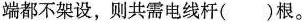
端都不架设，则共需电线杆( )根。